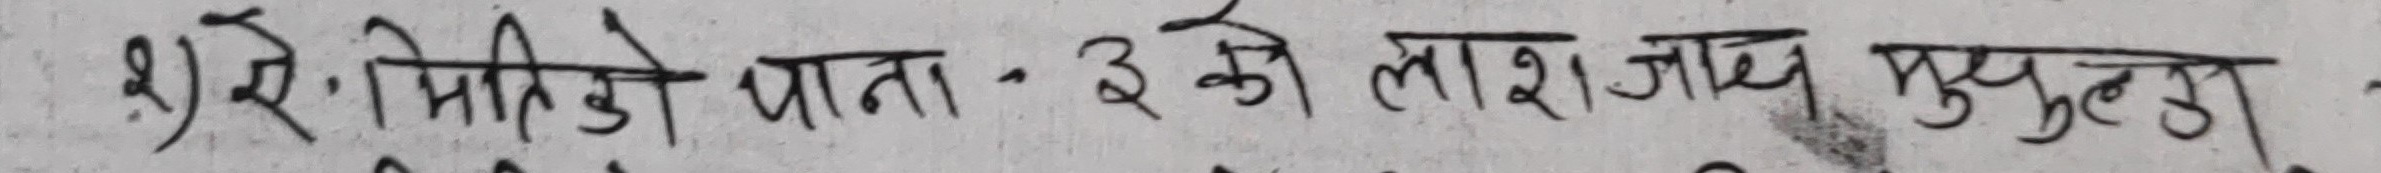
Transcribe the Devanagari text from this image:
२) रे. भिरिङ्‌गे थाना ३ को लाश जाच पुपुल्ठु ।